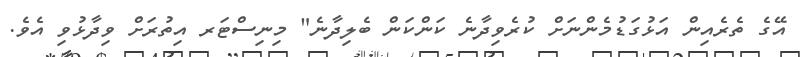
އޭގެ ތެރެއިން އަޅުގަޑުމެންނަށް ކުރެވިދާނެ ކަންކަން ބެލިދާނެ" މިނިސްޓަރ އިތުރަށް ވިދާޅުވި އެވެ.